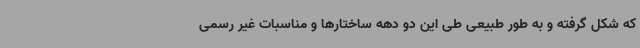
که شکل گرفته و به طور طبیعی طی این دو دهه ساختارها و مناسبات غیر رسمی